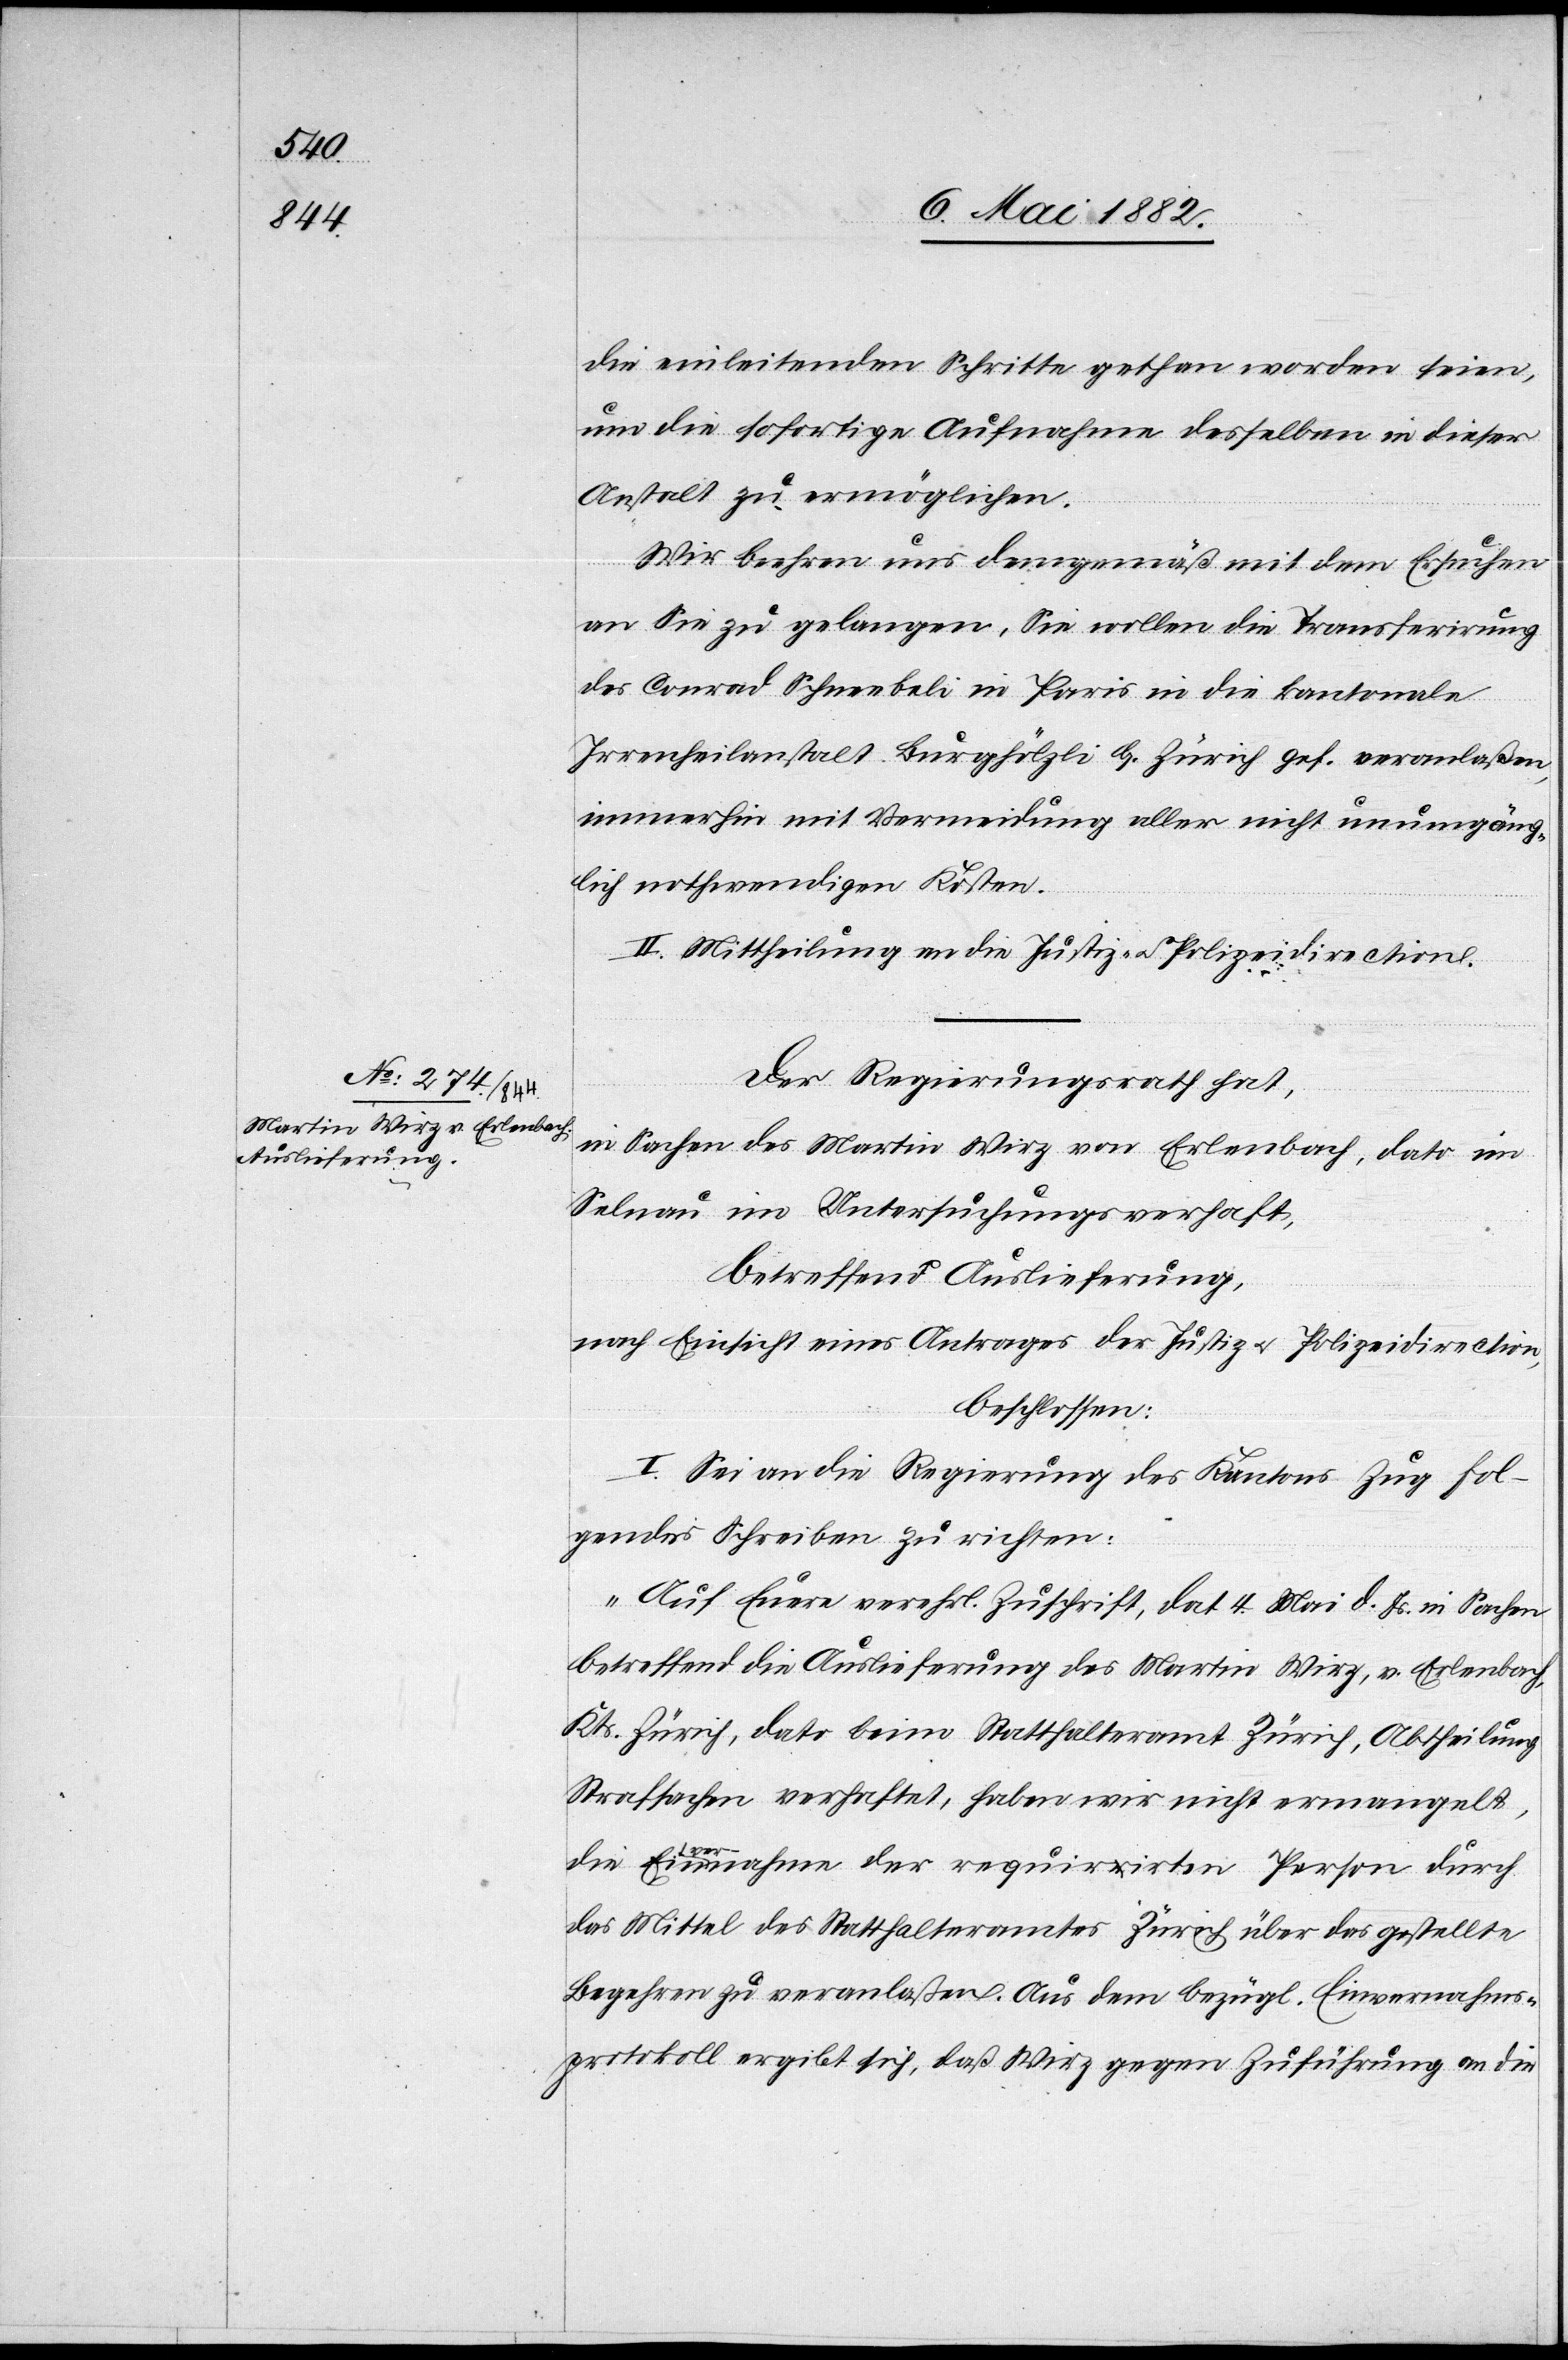
die einleitenden Schritte gethan worden seien,
um die sofortige Aufnahme desselben in dieser
Anstalt zu ermöglichen.
Wir beehren uns demgemäß mit dem Ersuchen
an Sie zu gelangen, Sie wollen die Transferirung
des Conrad Schneebeli in Paris in die kantonale
Irrenheilanstalt Burghölzli b. Zürich gef. veranlaßen,
immerhin mit Vermeidung aller nicht unumgäng¬
lich nothwendigen Kosten.
II. Mittheilung an die Justiz- u. Polizeidirection.
Der Regierungsrath hat,
in Sachen des Martin Wirz von Erlenbach, dato in
Selnau im Untersuchungsverhaft,
betreffend Auslieferung,
nach Einsicht eines Antrages der Justiz- u. Polizeidirection,
beschlossen:
I. Sei an die Regierung des Kantons Zug fol¬
gendes Schreiben zu richten:
„Auf Eure verehrl. Zuschrift, dat. 4. Mai d. Js. in Sachen
betreffend die Auslieferung des Martin Wirz, v. Erlenbach,
Kts. Zürich, dato beim Statthalteramt Zürich, Abtheilung
Strafsachen verhaftet, haben wir nicht ermangelt,
die Einvernahme der requirirten Person durch
das Mittel des Statthalteramtes Zürich über das gestellte
Begehren zu veranlaßen. Aus dem bezügl. Einvernahms¬
protokoll ergibt sich, daß Wirz gegen Zuführung an die